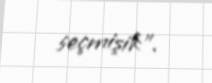
seçmişik”.